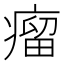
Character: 瘤